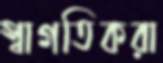
স্বাগতিকরা